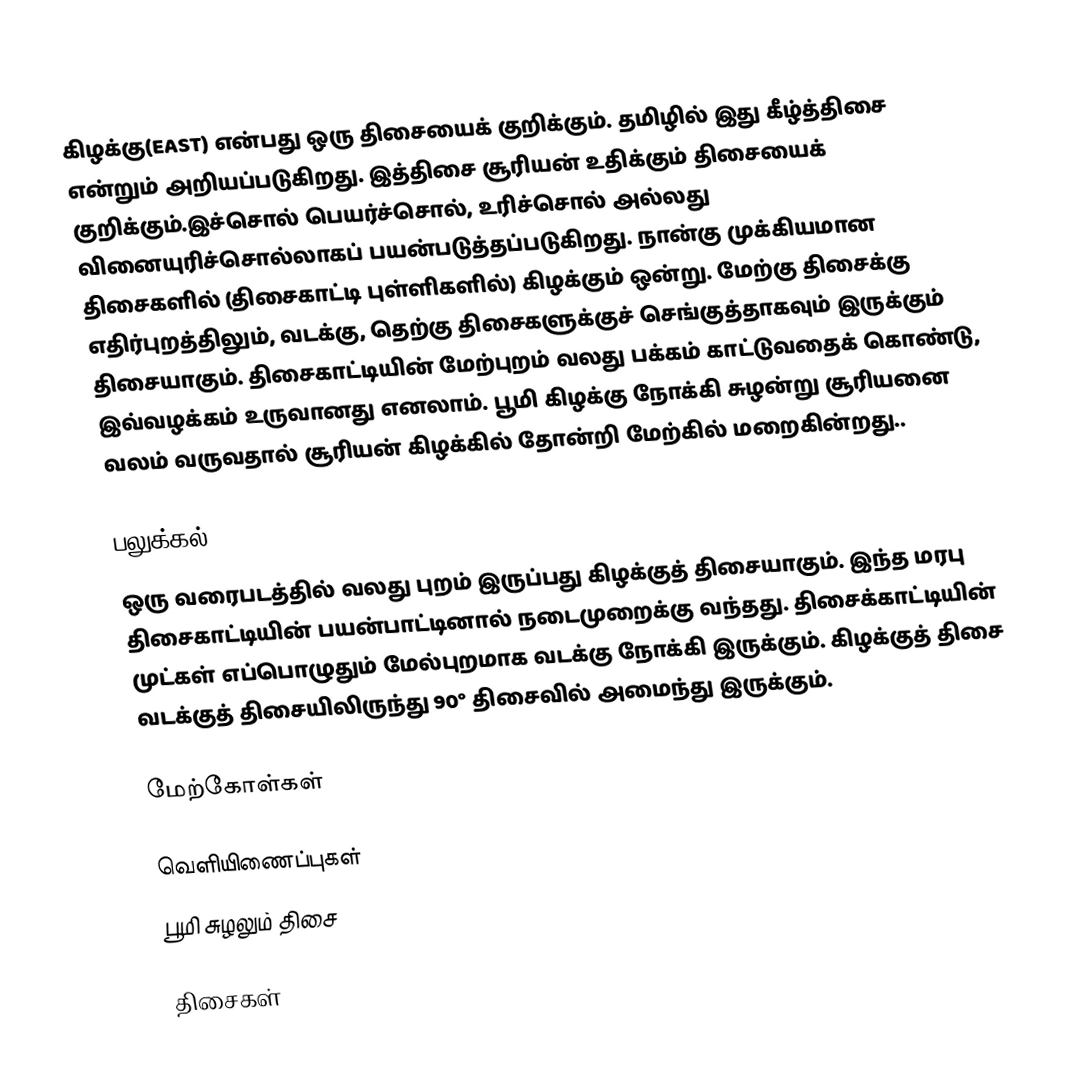
கிழக்கு(EAST) என்பது ஒரு திசையைக் குறிக்கும். தமிழில் இது கீழ்த்திசை என்றும் அறியப்படுகிறது. இத்திசை சூரியன் உதிக்கும் திசையைக் குறிக்கும்.இச்சொல் பெயர்ச்சொல், உரிச்சொல் அல்லது வினையுரிச்சொல்லாகப் பயன்படுத்தப்படுகிறது. நான்கு முக்கியமான திசைகளில் (திசைகாட்டி புள்ளிகளில்) கிழக்கும் ஒன்று. மேற்கு திசைக்கு எதிர்புறத்திலும், வடக்கு, தெற்கு திசைகளுக்குச் செங்குத்தாகவும் இருக்கும் திசையாகும். திசைகாட்டியின் மேற்புறம் வலது பக்கம் காட்டுவதைக் கொண்டு, இவ்வழக்கம் உருவானது எனலாம். பூமி கிழக்கு நோக்கி சுழன்று சூரியனை வலம் வருவதால் சூரியன் கிழக்கில் தோன்றி மேற்கில் மறைகின்றது..

பலுக்கல்
ஒரு வரைபடத்தில் வலது புறம் இருப்பது கிழக்குத் திசையாகும். இந்த மரபு திசைகாட்டியின் பயன்பாட்டினால் நடைமுறைக்கு வந்தது. திசைக்காட்டியின் முட்கள் எப்பொழுதும் மேல்புறமாக வடக்கு நோக்கி இருக்கும். கிழக்குத் திசை வடக்குத் திசையிலிருந்து 90° திசைவில் அமைந்து இருக்கும்.

மேற்கோள்கள்

வெளியிணைப்புகள்
 பூமி சுழலும் திசை

திசைகள்